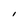
Character: I